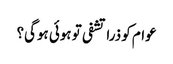
عوام کو ذرا تشفی تو ہوئی ہوگی؟